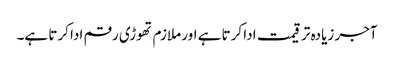
آجر زیادہ تر قیمت ادا کرتا ہے اور ملازم تھوڑی رقم ادا کرتا ہے۔